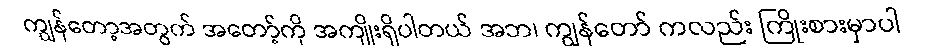
ကျွန်တော့အတွက် အတော့်ကို အကျိုးရှိပါတယ် အဘ၊ ကျွန်တော် ကလည်း ကြိုးစားမှာပါ